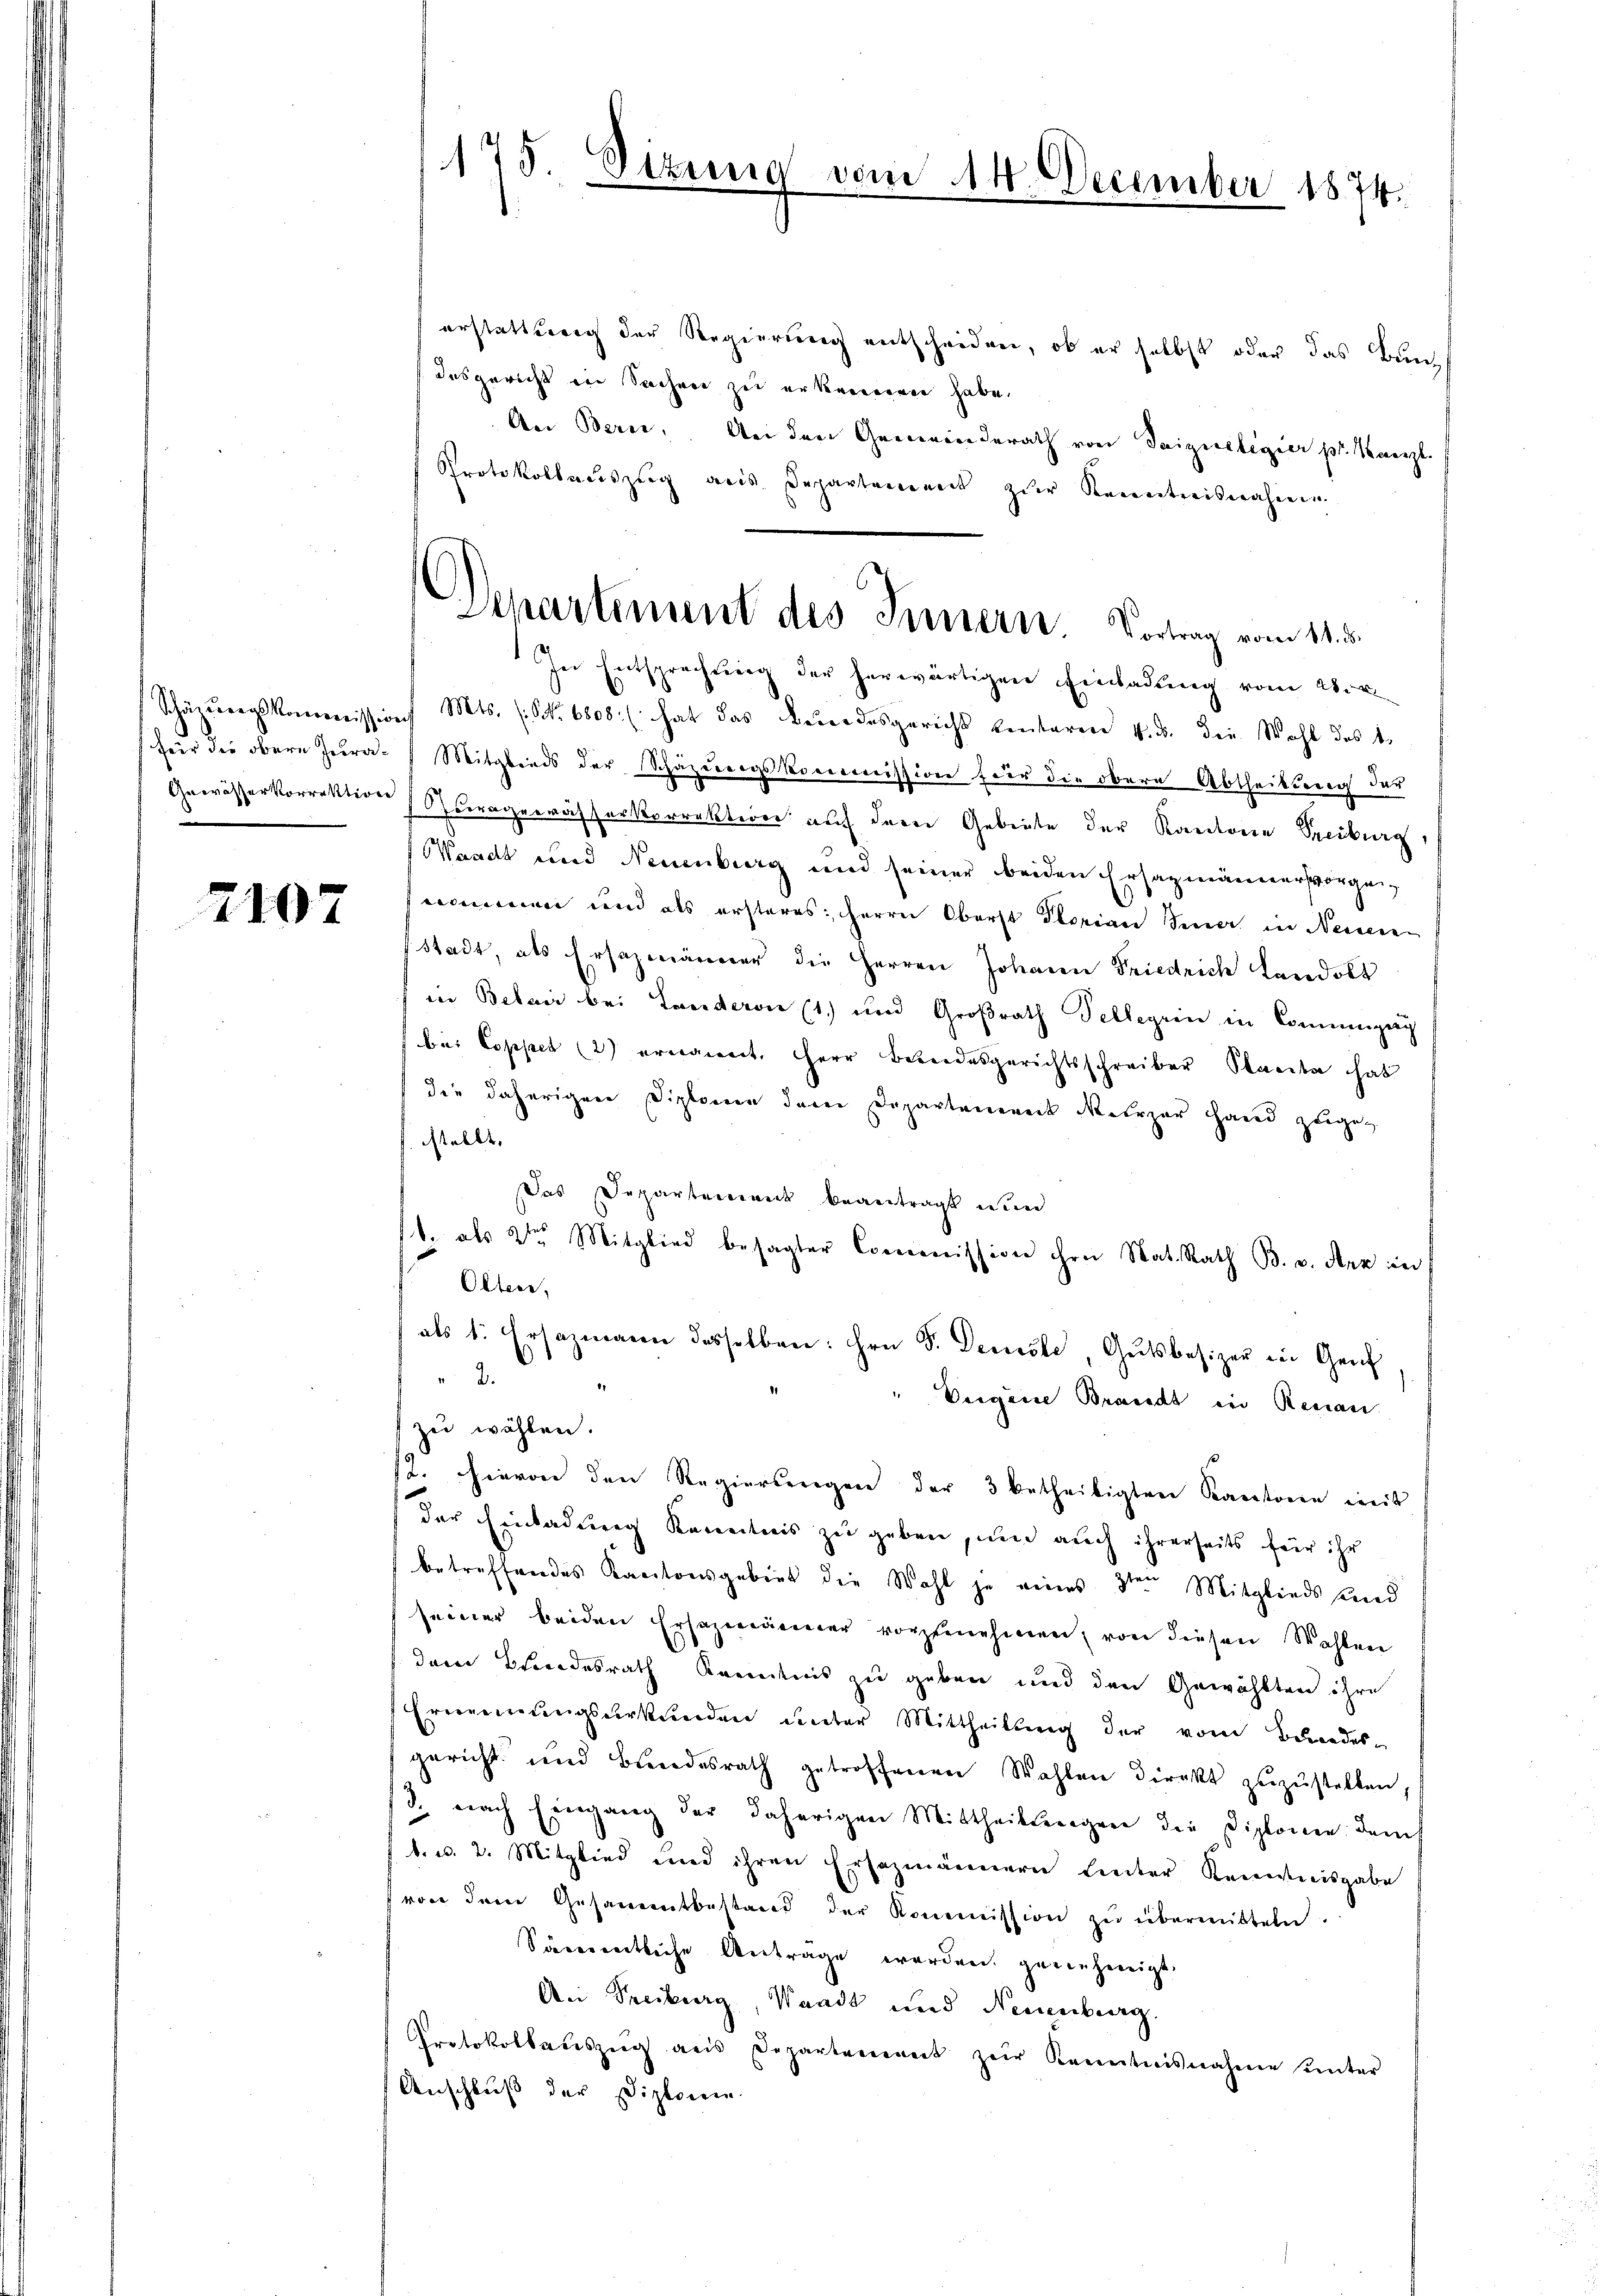
2107

erstattung der Regierung entscheiden, ob er selbst oder das Bundesgericht in Sachen zu erkenneren habe.
An Bern, An den Gemeinderath von Saiziseligier pr. Kanzl
Protokollaŭszŭg ans Departement zŭr Kenntnisnahme.
In Entsprechung der herwärtigen Einladung vom 28. v.
Schäzŭngskommission Mts. (S. 6808:/ hat das Bundesgericht kentaren v. 3. die Wahl des 1.
(für die obere Zera-Mitglieds der Schazungskommission für die obere Abtheilung der
Gewässerkorrektion Schurgewässerkorrektiver auf deren Gebiete der Kantone Freiburg,
Waadt und Neuenburg und seiner beiden Ersazmänner vorgeecommenen und als ersteres Herrn Oberst Plorian Senat in Neidenen
Stadt, als Ersatzmänner die Herren Johann Friedrich Landolt
in Belani bei Landern (1.) und Großrath Sellerin in Compag
bei Coppet (2) ernannt, Herr Bundesgerichtsschreiber Sanita hab
die daherigen Diplinen deren Departennert Mehrzar Hand zugeg
stellt,
Das Departement beantragt werd
11. als 2ten Mitglied besagter Commission ihre Nat. Rath B. v. Arz in
Olten,
als 1. Ersazmann desselben: hrn. F. Denke, Gutsbesizer in Genf
 3.
.
" Veigene Brandt in Renau
zŭ wählen.
12. hievon den Regierungen der 3 betheiligten Kantonen mit
der Einladung Kenntnis zu geben, um auch ihrerseits für ihr
betreffendes Kantonsgebiet die Wahl je eines 3ten Mitglieds und
seiner beiden Ersezmänner vorzŭnehmen, von diesen Wahlen
deren Bundesrath Kenntnis zu geben und den Gewählten ihre
Ernennungsurkunden unter Mittheilung der vom Bundes-
gericht und Bŭndesrath getroffenen Wahlen direkt zŭzŭstellen,
3. nach Eingang der daherigen Mittheillingen die Diplomen dems
b. v. 2. Mitglied und ihren Ersezmännern hinter Kenntnisgabe
von dem Gesammtbestand der Kommission zŭ übermitteln.
Sämentliche Antrage werden genehmigt.
An Treiburg, Waadt und Neuenburg
Protokollaŭszŭg ans Departement zŭr Kenntnisnahme unter
Anschluß der Diplomen.

175. Sizung vom 14. December 1874.

Departement des Innern. Vortrag vom 14. d.